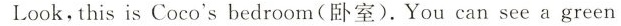
Look,this is Coco's bedroom(卧室).You can see a green